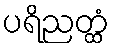
ပရိညတ္ထံ